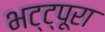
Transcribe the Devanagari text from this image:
भट्ट्पूरा